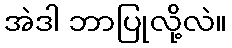
အဲဒါ ဘာပြုလို့လဲ။